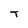
Character: T